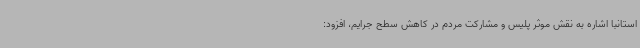
استانبا اشاره به نقش موثر پلیس و مشارکت مردم در کاهش سطح جرایم، افزود: